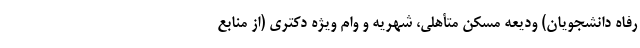
رفاه دانشجویان) ودیعه مسکن متأهلی، شهریه و وام ویژه دکتری (از منابع